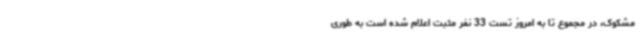
مشکوک، در مجموع تا به امروز تست 33 نفر مثبت اعلام شده است به طوری